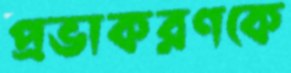
প্রভাকরণকে